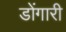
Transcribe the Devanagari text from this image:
डोंगारी